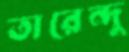
তারেন্দু